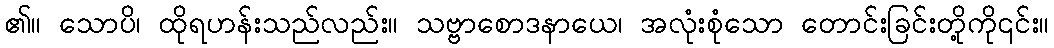
၏။ သောပိ၊ ထိုရဟန်းသည်လည်း။ သဗ္ဗာစောဒနာယေ၊ အလုံးစုံသော တောင်းခြင်းတို့ကို၎င်း။